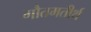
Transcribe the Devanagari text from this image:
गौतमतीर्थ